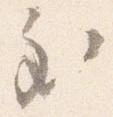
至